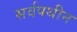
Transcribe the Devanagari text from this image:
सर्वपथीन